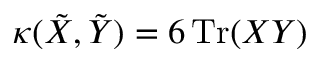
\kappa ( \tilde { X } , \tilde { Y } ) = 6 \, \mathrm { T r } ( X Y )